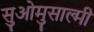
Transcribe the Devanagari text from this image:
सुओमुसाल्मी